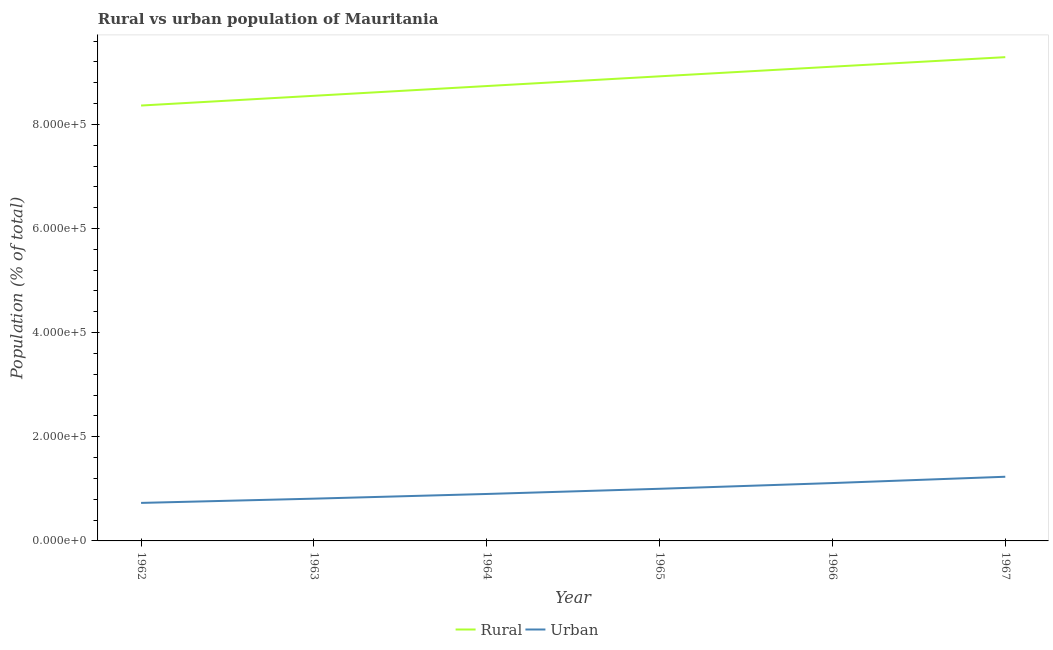
| Year | Rural | Urban |
 | --- | --- | --- |
 | 1962 | 8.36e+05 | 7.3e+04 |
 | 1963 | 8.55e+05 | 8.12e+04 |
 | 1964 | 8.74e+05 | 9.02e+04 |
 | 1965 | 8.92e+05 | 1e+05 |
 | 1966 | 9.11e+05 | 1.11e+05 |
 | 1967 | 9.29e+05 | 1.23e+05 |